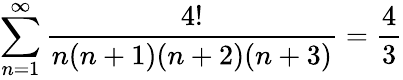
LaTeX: \sum_{n=1}^{\infty}{\frac{4!}{n(n+1)(n+2)(n+3)}}={\frac{4}{3}}